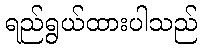
ရည်ရွယ်ထားပါသည်